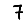
Digit: 7